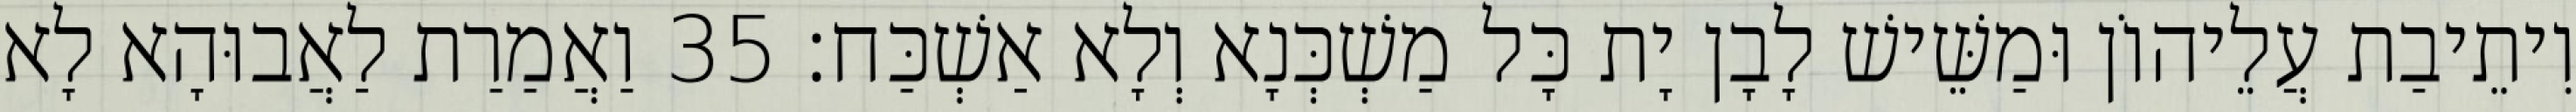
וִיתֵיבַת עֲלֵיהוֹן וּמַשֵּׁישׁ לָבָן יָת כָּל מַשְׁכְּנָא וְלָא אַשְׁכַּח׃ 35 וַאֲמַרַת לַאֲבוּהָא לָא